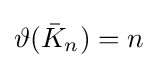
\vartheta ({\bar {K}}_{n})=n